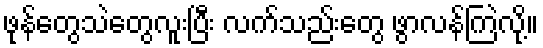
ဖုန်တွေသဲတွေလူးပြီး လက်သည်းတွေ ဖွာလန်ကြဲလို့။